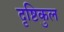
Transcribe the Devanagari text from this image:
दृष्टिकुल